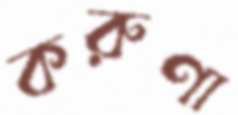
করুণা